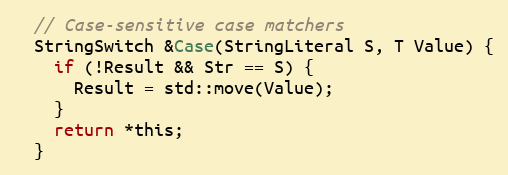
Language: C
  // Case-sensitive case matchers
  StringSwitch &Case(StringLiteral S, T Value) {
    if (!Result && Str == S) {
      Result = std::move(Value);
    }
    return *this;
  }